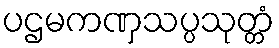
ပဌမကဏှသပ္ပသုတ္တံ